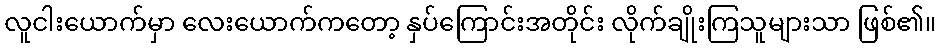
လူငါးယောက်မှာ လေးယောက်ကတော့ နှပ်ကြောင်းအတိုင်း လိုက်ချိုးကြသူများသာ ဖြစ်၏။